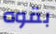
بقوه